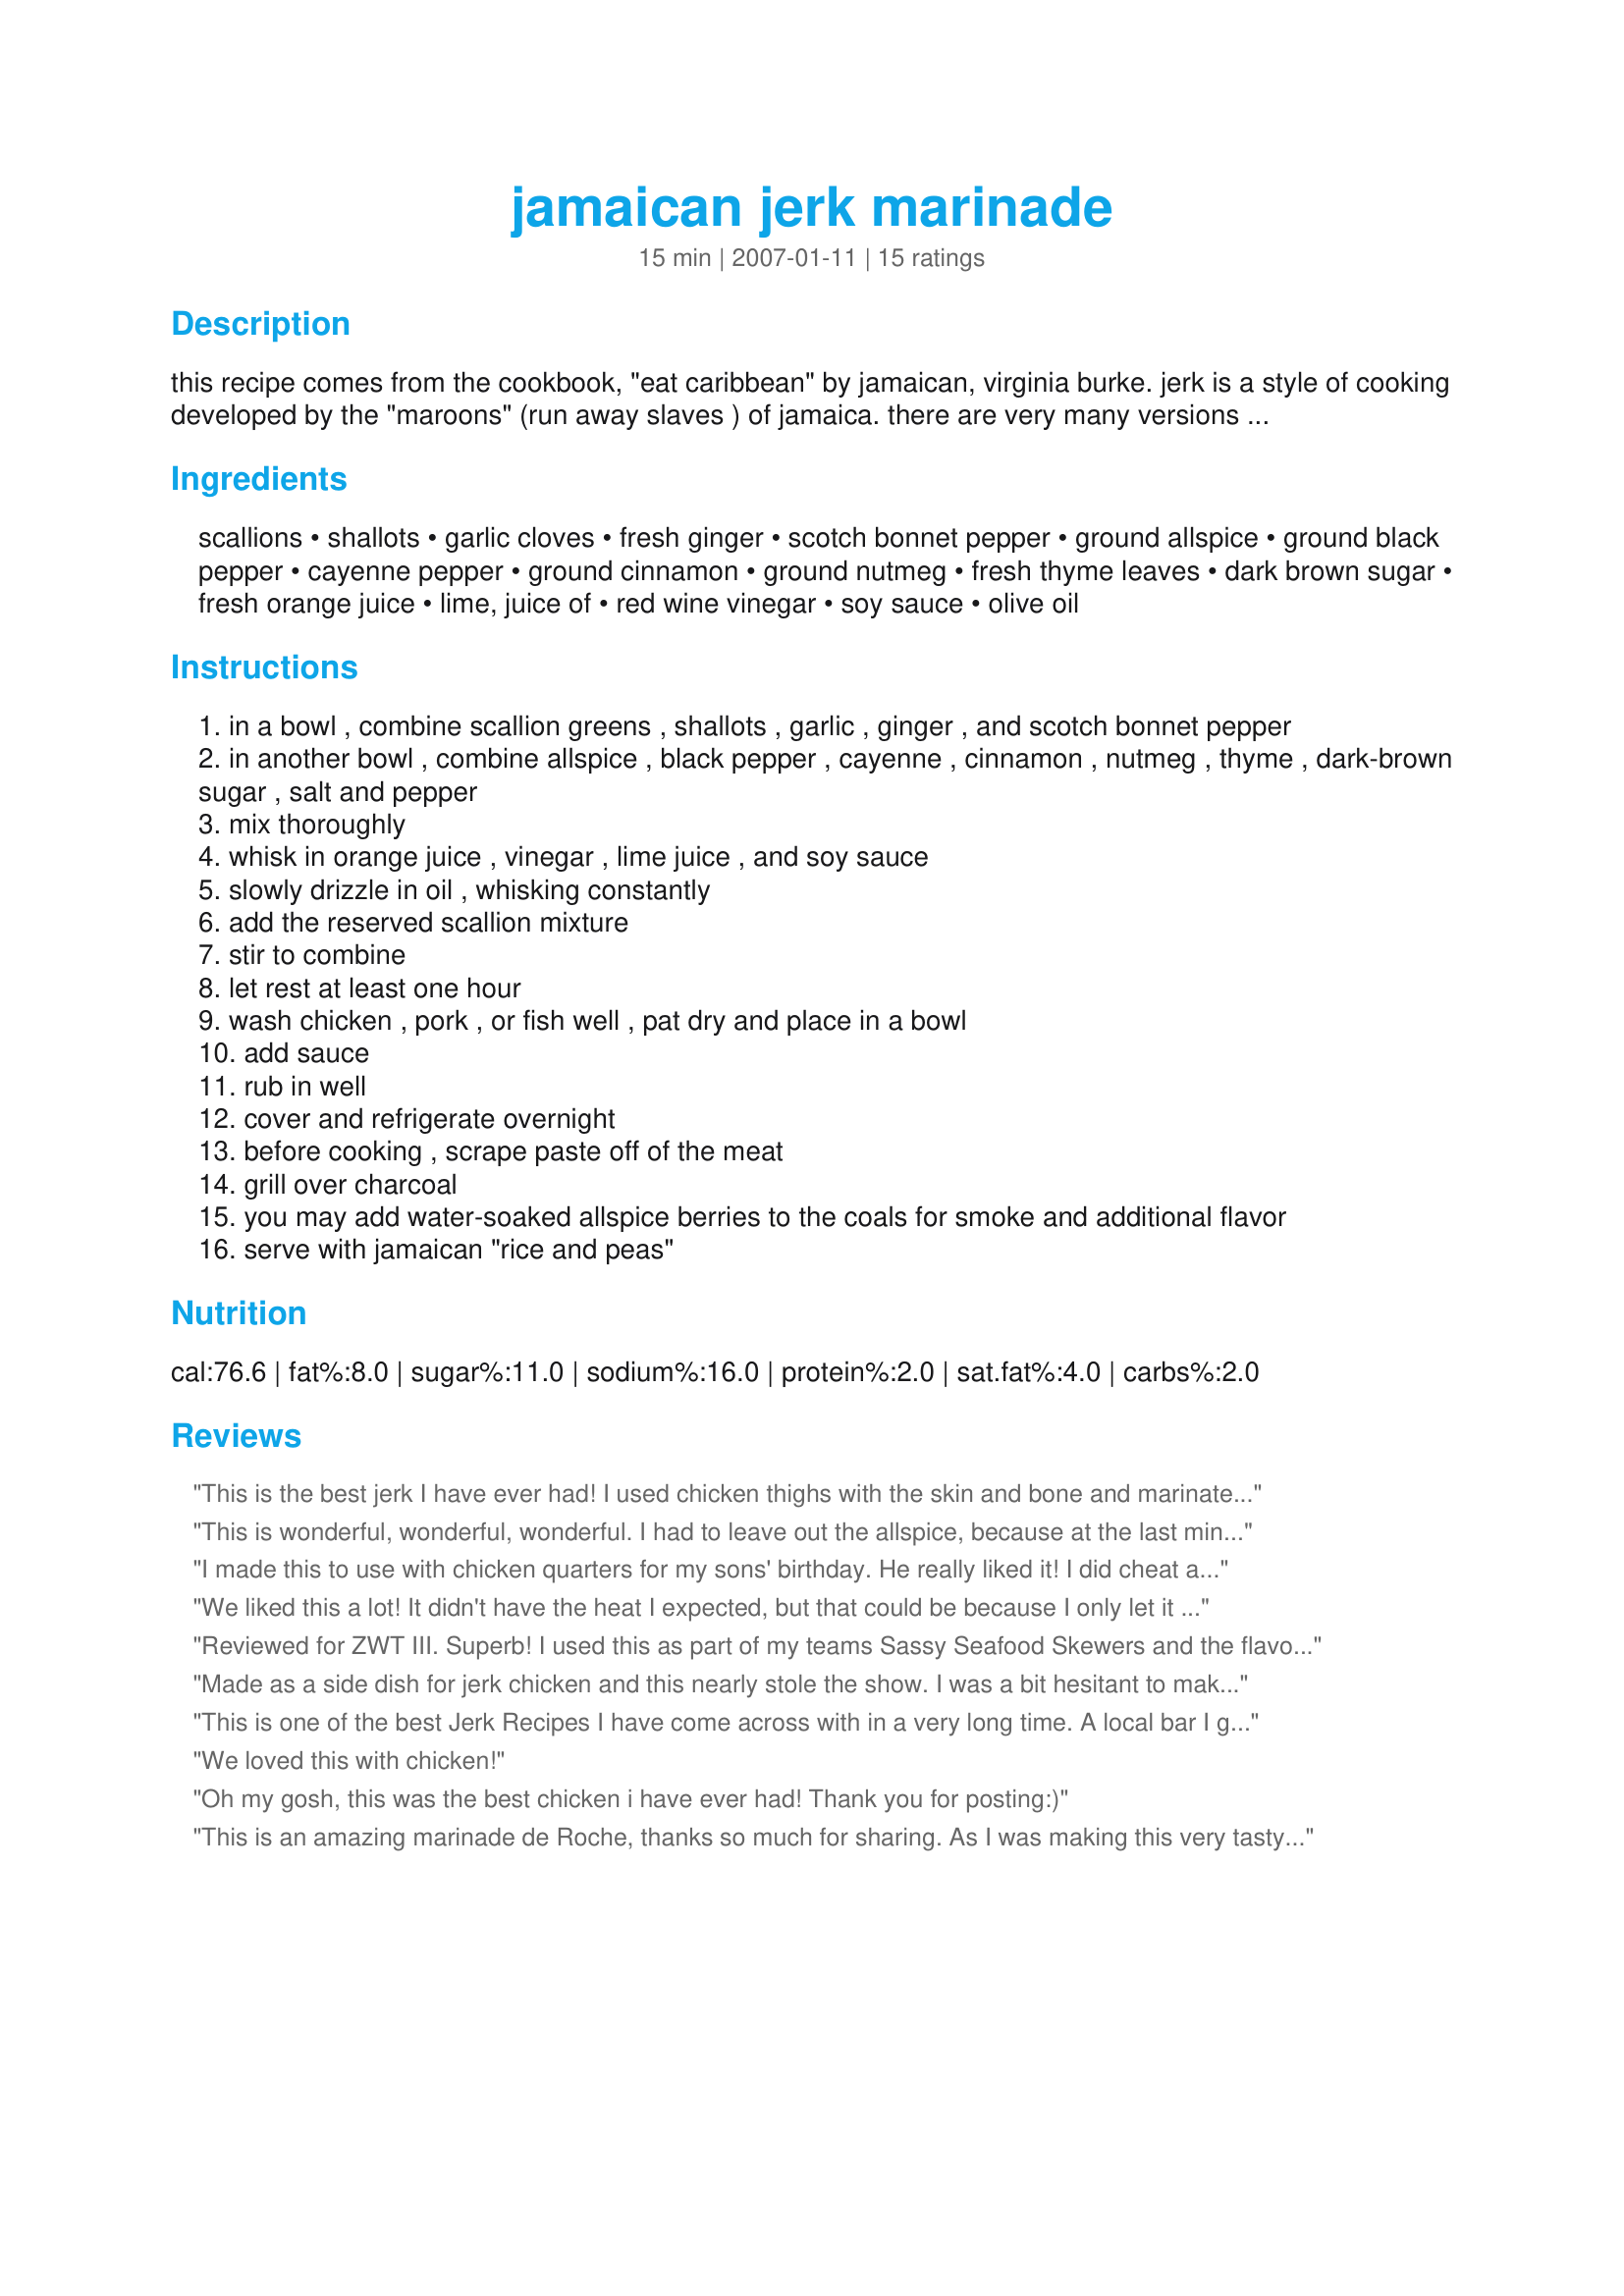
jamaican jerk marinade
Preparation time: 15 minutes

this recipe comes from the cookbook, "eat caribbean" by jamaican, virginia burke. jerk is a style of cooking developed by the "maroons" (run away slaves ) of jamaica. there are very many versions of jamaican jerk marinades. it can be used on on pork, chicken or fish. a blender or food processor can be used to make quick work of all the chopping.

Ingredients:
scallions, shallots, garlic cloves, fresh ginger, scotch bonnet pepper, ground allspice, ground black pepper, cayenne pepper, ground cinnamon, ground nutmeg, fresh thyme leaves, dark brown sugar, fresh orange juice, lime, juice of, red wine vinegar, soy sauce, olive oil

Steps:
in a bowl , combine scallion greens , shallots , garlic , ginger , and scotch bonnet pepper
in another bowl , combine allspice , black pepper , cayenne , cinnamon , nutmeg , thyme , dark-brown sugar , salt and pepper
mix thoroughly
whisk in orange juice , vinegar , lime juice , and soy sauce
slowly drizzle in oil , whisking constantly
add the reserved scallion mixture
stir to combine
let rest at least one hour
wash chicken , pork , or fish well , pat dry and place in a bowl
add sauce
rub in well
cover and refrigerate overnight
before cooking , scrape paste off of the meat
grill over charcoal
you may add water-soaked allspice berries to the coals for smoke and additional flavor
serve with jamaican "rice and peas"

Reviews:
This is the best jerk I have ever had! I used chicken thighs with the skin and bone and marinated it overnight. Then, I grilled it on our gas grill, and it was so delicious and tender. I served it with Jamaican seasoned rice and grilled sweet potatoes. This recipe has already made it to my recipe-keeper drawer.
This is wonderful, wonderful, wonderful. I had to leave out the allspice, because at the last minute I realized I didn't have it. I'm sure it's just as great with the allspice, but it couldn't possibly be any tetter, because what I had was superb--a wonderful mixture of tastes that added up to a unique but not overwhelming spiciness. This will become a standard for me to impress others with.
I made this to use with chicken quarters for my sons' birthday. He really liked it! I did cheat a bit, and used ground allspice, but it still came out well. Warning to the uninitiated: Scotch Bonnets are HOT, so wear gloves and avoid touching your eyes! Thanks, we will make again.
We liked this a lot! It didn't have the heat I expected, but that could be because I only let it sit about 4 hours due to bad planning. I even used a habanero when I couldn't find a scotch bonnet. I will definitely be trying this again, planning better to allow the meat to marinate overnight to get stronger flavors. Used with Recipe #234673. Thanks de Roche!
Reviewed for ZWT III. Superb! I used this as part of my teams Sassy Seafood Skewers and the flavours it imparted were out of this world. Can't wait to try again.....
Made as a side dish for jerk chicken and this nearly stole the show. I was a bit hesitant to make it because of all the ingredients (I had just made the jerk marinade from scratch, which was prep heavy in itself) but in the end, I'm extremely happy I did. Well worth the effort.
This is one of the best Jerk Recipes I have come across with in a very long time. A local bar I go to sells this on friday as a special. I make it at home on the grill and bring it to them. Cheers.
We loved this with chicken!
Oh my gosh, this was the best chicken i have ever had! Thank you for posting:)
This is an amazing marinade de Roche, thanks so much for sharing. As I was making this very tasty marinade yesterday, I kept thinking to myself, this is going to be great because it smelled and tasted wonderful. All the lovely fresh minced ingredients blended perfectly with the spices, herbs and flavourings. I marinaded a pork tenderloin for 24 hours then I grilled it on my portable inside grill. It tasted delicious, you could taste all the different spices, nothing was overpowering or too hot. This is one dish that I will be making often, I can't wait to try it on chicken and shrimp.
I don't usually give 5 stars but this one deserves more than that, as far as we are concerned.
I had to sub dark molasses for the brown sugar, proportionately, but don't think it changed the outcome at all. Because we like a lot of heat, I put in 3 peppers, ribs, seeds and all, and it was just right. We had it with beans and rice which was lovely, too!
I am waiting for my copy of the cookbook this is from and looking forward to making more Jamaican food.
Thanks, Rainforest, for putting up a real winner.
Very Good! A little bit of work with all of the chopping, but it's not too bad since you marinate it over night the chopping is done a day ahead. We used it on pork chops and then grilled them. Thanks de Roche!
this is definitely jamaican jerk!!
but dont be afraid to substitute black molasses for the brown sugar... thats what they used when I was in jamaica.. gives it a real deep/dark tone.
great recipe.
I used to only use the commercial Walkerswood brand of jerk sauce, but can't find it around here anymore, so I tried this one, and it is even better than Walkerswood! I tossed it all in the blender, and at first, I was disappointed that it was rather thin, but after allowing it to rest a few hours, it thickened up into a nice paste, just like I wanted.. I marinated some ribeyes in this overnight and just finished grilling them.. they were fantastic! I served with Recipe #97745.. Thanks for posting this!
This was absolutely fantastic! I marinated boneless skinless chicken breasts for about 8 hours, then charcoal-grilled. This was an outstanding blend of fruit, sweet, and spice - can't wait to try it on pork too! DELICIOUS!!!
